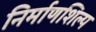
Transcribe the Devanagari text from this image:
निर्माणशिल्प